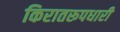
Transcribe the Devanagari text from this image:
किरातरूपधारी